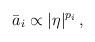
LaTeX: \begin{align*}\bar{a}_i \propto |\eta|^{p_i} \,,\end{align*}